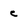
Character: c